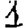
Digit: 1